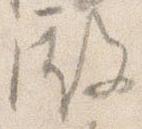
殿